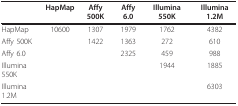
|  | HapMap | Affy 500K | Affy 6.0 | Illumina 550K | Illumina 1.2M |
 | --- | --- | --- | --- | --- | --- |
 | HapMap | 10600 | 1307 | 1979 | 1762 | 4382 |
 | Affy 500K |  | 1422 | 1363 | 272 | 610 |
 | Affy 6.0 |  |  | 2325 | 459 | 988 |
 | Illumina 550K |  |  |  | 1944 | 1885 |
 | Illumina 1.2M |  |  |  |  | 6303 |